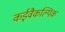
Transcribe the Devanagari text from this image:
कईवैकल्पिक